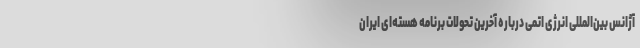
آژانس بین‌المللی انرژی اتمی درباره آخرین تحولات برنامه هسته‌ای ایران